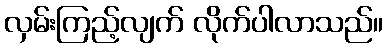
လှမ်းကြည့်လျက် လိုက်ပါလာသည်။